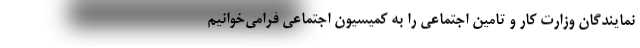
نمایندگان وزارت کار و تامین اجتماعی را به کمیسیون اجتماعی فرامی‌خوانیم